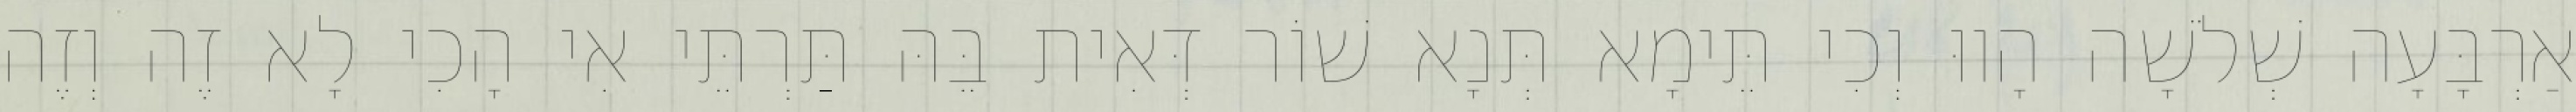
אַרְבָּעָה שְׁלֹשָׁה הָווּ וְכִי תֵּימָא תְּנָא שׁוֹר דְּאִית בֵּהּ תַּרְתֵּי אִי הָכִי לָא זֶה וְזֶה